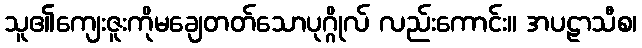
သူ၏ကျေးဇူးကိုမချေတတ်သောပုဂ္ဂိုလ် လည်းကောင်း။ အပဠာသီစ၊